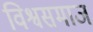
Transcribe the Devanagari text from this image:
विश्वसमाज